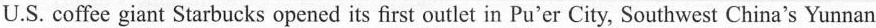
U.S. Coffee giant Starbucks opened its first outlet in Pu'er City, Southwest China's Yunnan